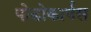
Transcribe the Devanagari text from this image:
पोडोकार्पस